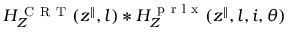
H _ { Z } ^ { \mathrm { ~ C ~ R ~ T ~ } } ( z ^ { \parallel } , l ) * H _ { Z } ^ { \mathrm { ~ p ~ r ~ l ~ x ~ } } ( z ^ { \parallel } , l , i , \theta )